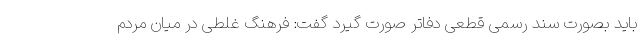
باید بصورت سند رسمی قطعی دفاتر صورت گیرد گفت: فرهنگ غلطی در میان مردم